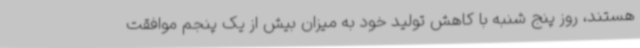
هستند، روز پنج شنبه با کاهش تولید خود به میزان بیش از یک پنجم موافقت